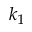
k _ { 1 }